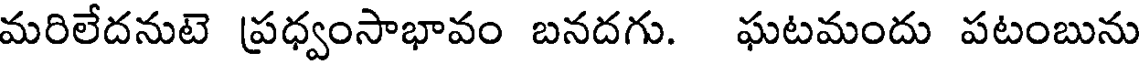
మరిలేదనుటె ప్రధ్వంసాభావం బనదగు. ఘటమందు పటంబును